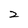
Character: 2